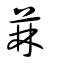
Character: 菻